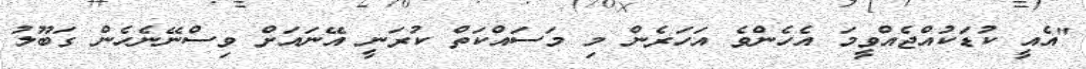
"އެއީ ކުޑަކުއްޖެއްވީމަ އެހެންވެ އަހަރެން މި މަސައްކަތް ކުރަނީ އޭނައަށް ވިސްނޭނެހެން ގަބޫލު